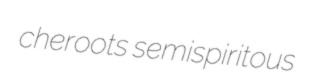
cheroots semispiritous